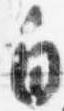
白